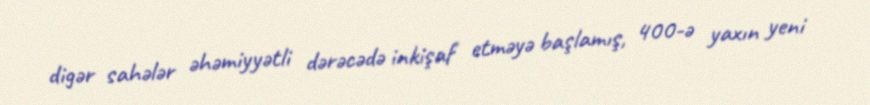
digər sahələr əhəmiyyətli dərəcədə inkişaf etməyə başlamış, 400-ə yaxın yeni